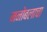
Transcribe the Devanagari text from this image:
मनोबलाचा